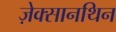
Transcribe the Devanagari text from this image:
ज़ेक्सानथिन